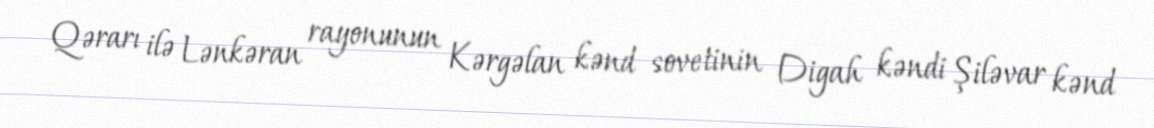
Qərarı ilə Lənkəran rayonunun Kərgəlan kənd sovetinin Digah kəndi Şiləvar kənd